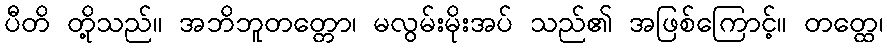
ပီတိ တို့သည်။ အဘိဘူတတ္တော၊ မလွမ်းမိုးအပ် သည်၏ အဖြစ်ကြောင့်။ တတ္ထေ၊